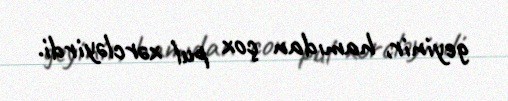
geyinir, hamıdan çox pul xərcləyirdi.